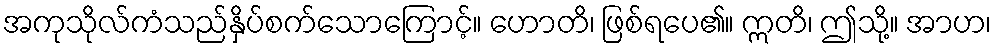
အကုသိုလ်ကံသည်နှိပ်စက်သောကြောင့်။ ဟောတိ၊ ဖြစ်ရပေ၏။ ဣတိ၊ ဤသို့။ အာဟ၊